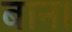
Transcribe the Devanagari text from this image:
बान।